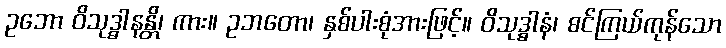
ဥဘော ဝိသုဒ္ဓါနန္တိ၊ ကား။ ဥဘတော၊ နှစ်ပါးစုံအားဖြင့်။ ဝိသုဒ္ဓါနံ၊ စင်ကြယ်ကုန်သော